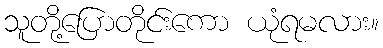
သူတို့ပြောတိုင်းကော ယုံရမလား။